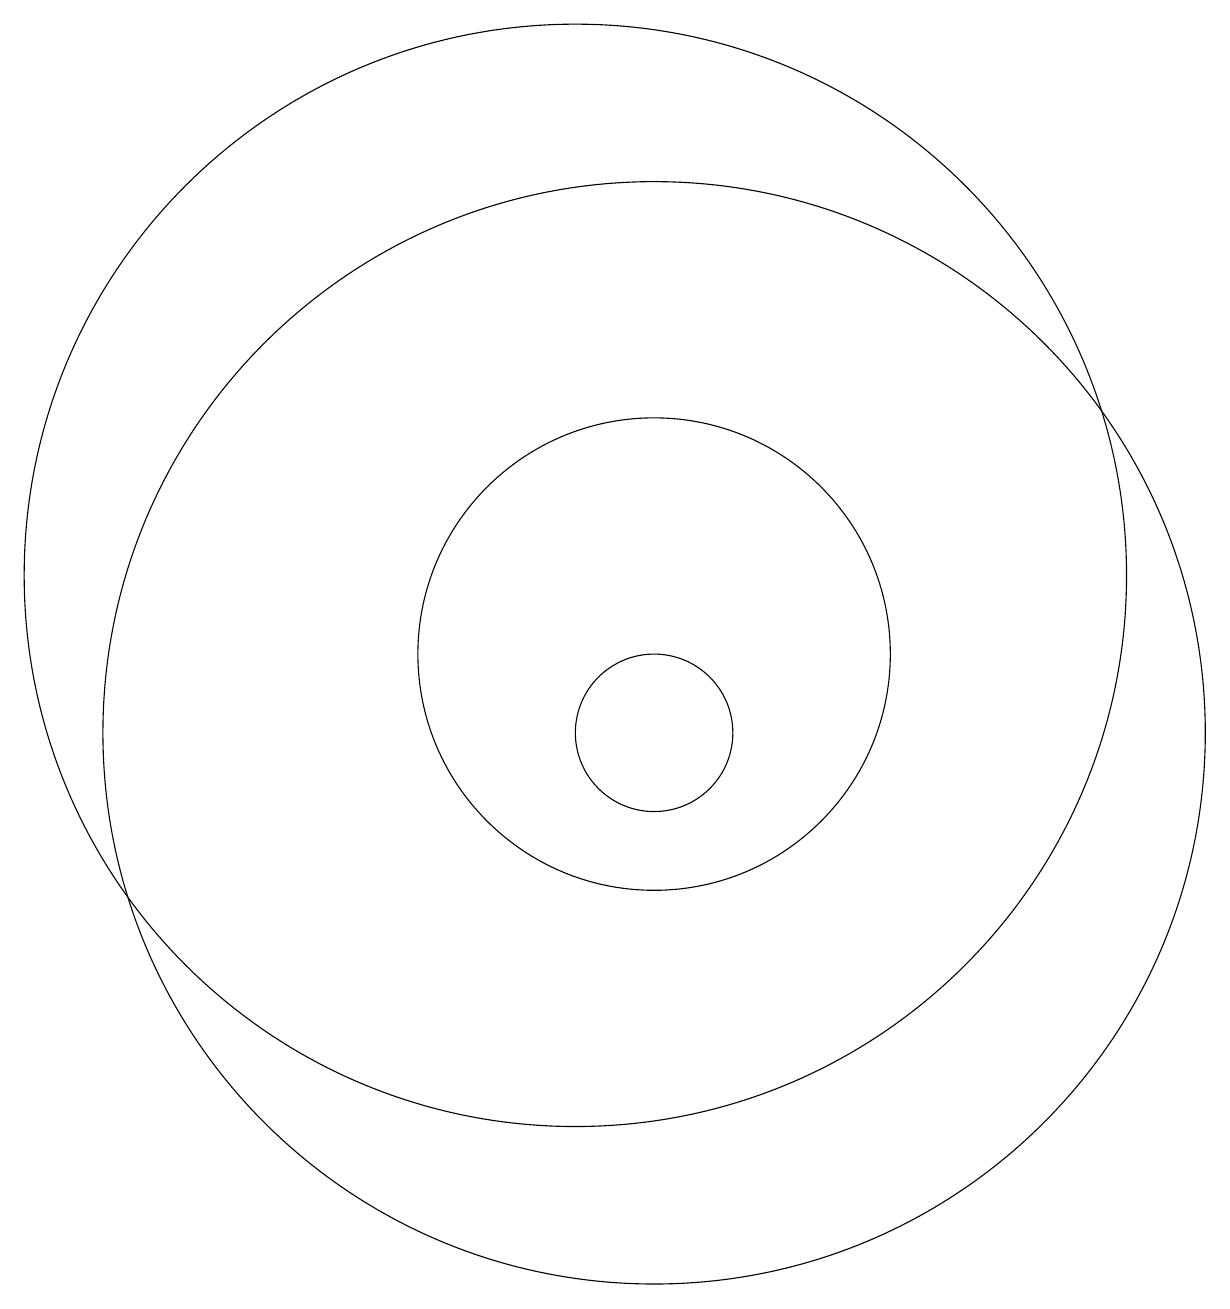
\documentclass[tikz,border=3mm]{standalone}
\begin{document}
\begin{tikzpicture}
\draw (12,10) circle (1);
\draw (12,10) circle (7);
\draw (12,11) circle (3);
\draw (11,12) circle (7);
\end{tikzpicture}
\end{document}